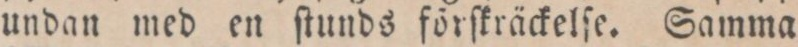
undan med en ſtunds förſkräckelſe. Samma